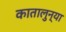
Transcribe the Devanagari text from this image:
कातालुन्या